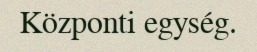
Központi egység.